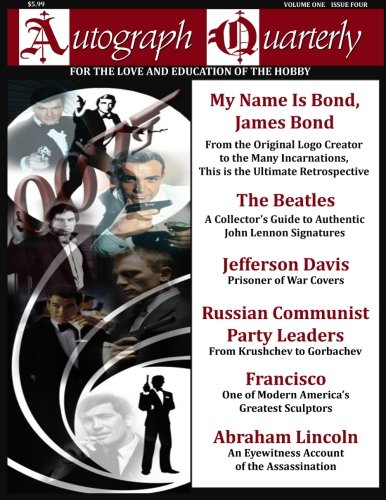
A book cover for Autograph Quarterly (Volume 1); Xidas Publishing Group; Crafts, Hobbies & Home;